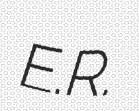
E.R.